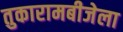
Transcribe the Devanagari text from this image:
तुकारामबीजेला